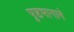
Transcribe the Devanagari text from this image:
पृष्ठभागाने